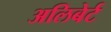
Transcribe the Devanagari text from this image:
अलिबेर्ट